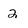
Character: 2